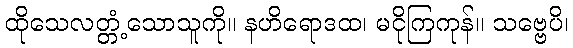
ထိုသေလတ္တံ့သောသူကို။ နဟိရောဒထ၊ မငိုကြကုန်။ သဗ္ဗေပိ၊